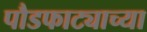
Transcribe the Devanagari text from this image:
पौडफाट्याच्या